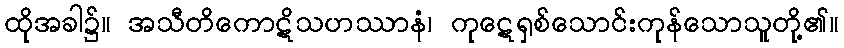
ထိုအခါ၌။ အသီတိကောဋိသဟဿာနံ၊ ကုဋေရှစ်သောင်းကုန်သောသူတို့၏။